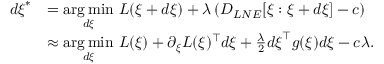
\begin{array} { r l } { d \boldsymbol { \xi } ^ { * } } & { = \underset { d \boldsymbol { \xi } } { \arg \operatorname* { m i n } } \ L ( \boldsymbol { \xi } + d \boldsymbol { \xi } ) + \lambda \left( D _ { L N E } [ \boldsymbol { \xi } : \boldsymbol { \xi } + d \boldsymbol { \xi } ] - c \right) } \\ & { \approx \underset { d \boldsymbol { \xi } } { \arg \operatorname* { m i n } } \ L ( \boldsymbol { \xi } ) + \partial _ { \boldsymbol { \xi } } L ( \boldsymbol { \xi } ) ^ { \top } d \boldsymbol { \xi } + \frac { \lambda } { 2 } d \boldsymbol { \xi } ^ { \top } g ( \boldsymbol { \xi } ) d \boldsymbol { \xi } - c \lambda . } \end{array}